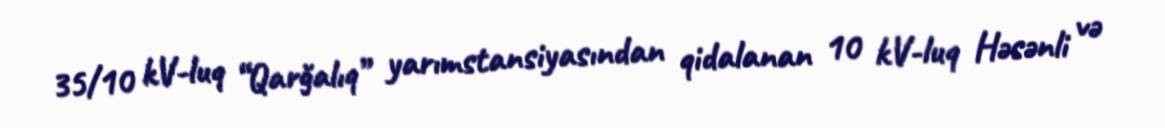
35/10 kV-luq “Qarğalıq” yarımstansiyasından qidalanan 10 kV-luq Həsənli və